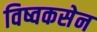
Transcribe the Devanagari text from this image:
विष्वकसेन